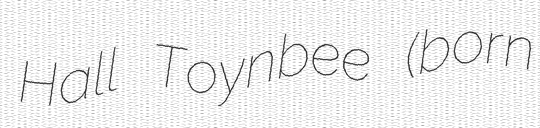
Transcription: Hall Toynbee (born